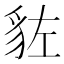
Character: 𧲭